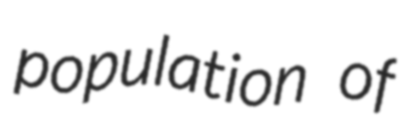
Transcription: population of